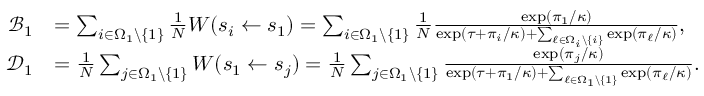
\begin{array} { r l } { \mathcal { B } _ { 1 } } & { = \sum _ { i \in \Omega _ { 1 } \backslash \{ 1 \} } \frac { 1 } { N } W ( s _ { i } \gets s _ { 1 } ) = \sum _ { i \in \Omega _ { 1 } \backslash \{ 1 \} } \frac { 1 } { N } \frac { \exp ( \pi _ { 1 } / \kappa ) } { \exp ( \tau + \pi _ { i } / \kappa ) + \sum _ { \ell \in \Omega _ { i } \backslash \{ i \} } \exp ( \pi _ { \ell } / \kappa ) } , } \\ { \mathcal { D } _ { 1 } } & { = \frac { 1 } { N } \sum _ { j \in \Omega _ { 1 } \backslash \{ 1 \} } W ( s _ { 1 } \gets s _ { j } ) = \frac { 1 } { N } \sum _ { j \in \Omega _ { 1 } \backslash \{ 1 \} } \frac { \exp ( \pi _ { j } / \kappa ) } { \exp ( \tau + \pi _ { 1 } / \kappa ) + \sum _ { \ell \in \Omega _ { 1 } \backslash \{ 1 \} } \exp ( \pi _ { \ell } / \kappa ) } . } \end{array}